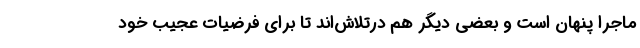
ماجرا پنهان است و بعضی دیگر هم درتلاش‌اند تا برای فرضیات عجیب خود